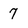
Character: 7